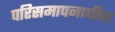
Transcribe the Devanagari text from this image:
परिसमापनाधीन